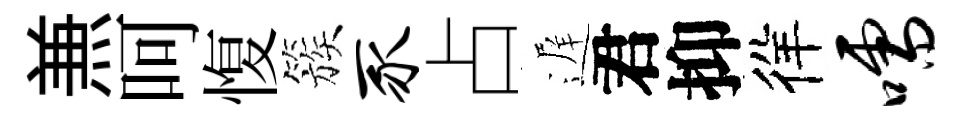
𠔥呵愎簇豕占遅君抑徉嚅